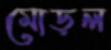
মোড়ল